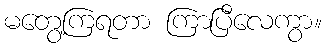
မတွေ့ကြရတာ ကြာပြီလေကွာ။